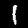
Digit: 1